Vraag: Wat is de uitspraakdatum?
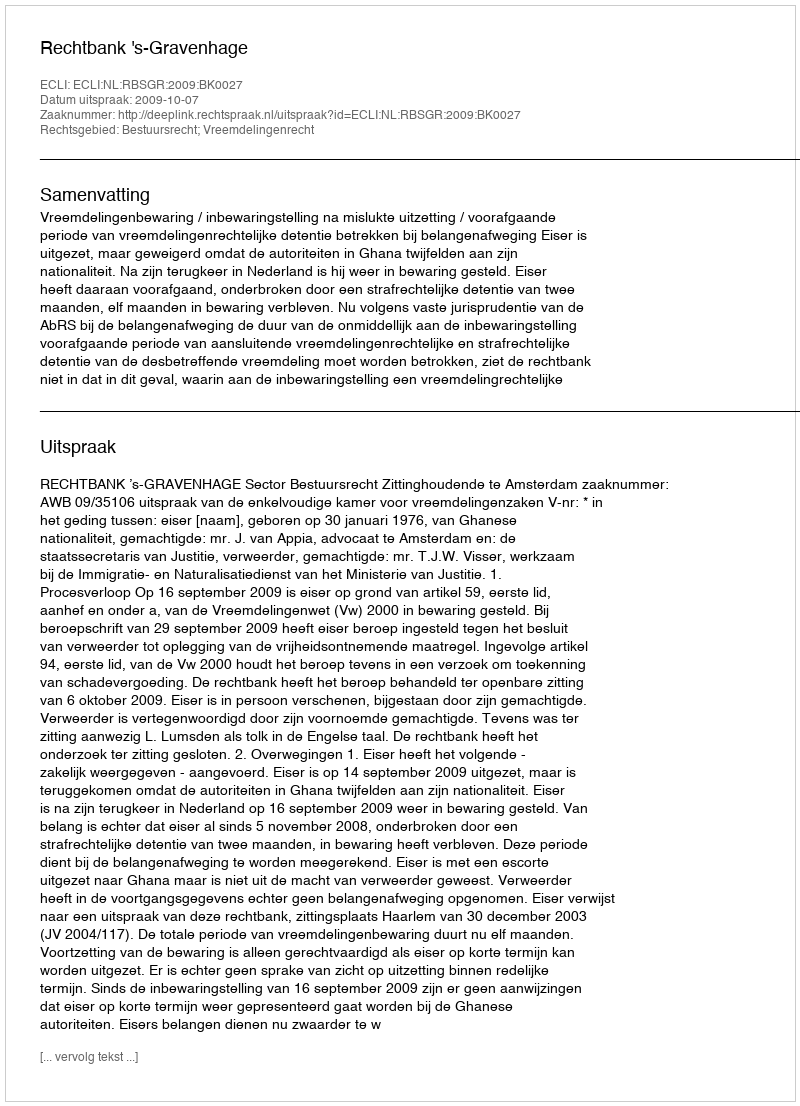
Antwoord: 2009-10-07